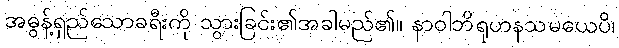
အဓွန့်ရှည်သောခရီးကို သွားခြင်း၏အခါမည်၏။ နာဝါဘိရုဟနသမယေပိ၊